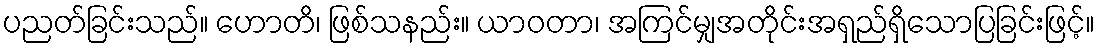
ပညတ်ခြင်းသည်။ ဟောတိ၊ ဖြစ်သနည်း။ ယာဝတာ၊ အကြင်မျှအတိုင်းအရှည်ရှိသောပြခြင်းဖြင့်။